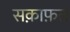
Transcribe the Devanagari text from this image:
सक़ाफ़त